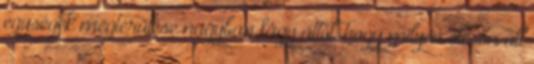
egységek megtérülése nagyban függ attól, hogy milyen olcsón áll